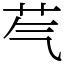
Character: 芞